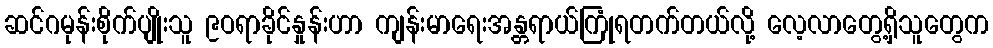
ဆင်ဂမုန်းစိုက်ပျိုးသူ ၉ဝရာခိုင်နှုန်းဟာ ကျန်းမာရေးအန္တရာယ်ကြုံရတက်တယ်လို့ လေ့လာတွေ့ရှိသူတွေက